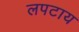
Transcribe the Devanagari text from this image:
लपटाय